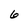
Character: 6